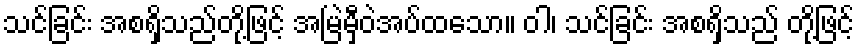
သင်ခြင်း အစရှိသည်တို့ဖြင့် အမြဲမှီဝဲအပ်ထသော။ ဝါ၊ သင်ခြင်း အစရှိသည် တို့ဖြင့်